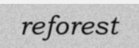
reforest